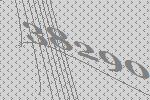
38290